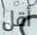
أقل